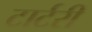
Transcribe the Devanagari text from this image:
टार्टरी